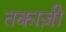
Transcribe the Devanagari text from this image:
तकाज़ी